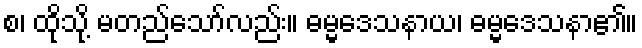
စ၊ ထိုသို့ မတည်သော်လည်း။ ဓမ္မဒေသနာယ၊ ဓမ္မဒေသနာ၏။